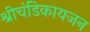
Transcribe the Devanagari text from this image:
श्रीचंडिकायजन